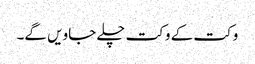
وکت کے وکت چلے جاویں گے۔